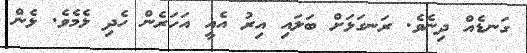
ގަނޑެއް ދިނެވެ. ރަނގަޅަށް ބަލައި އިރު އެއީ އަހަރެން ހެދި ޅެމެވެ. ޅެން